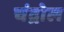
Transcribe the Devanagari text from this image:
चंद्रोल